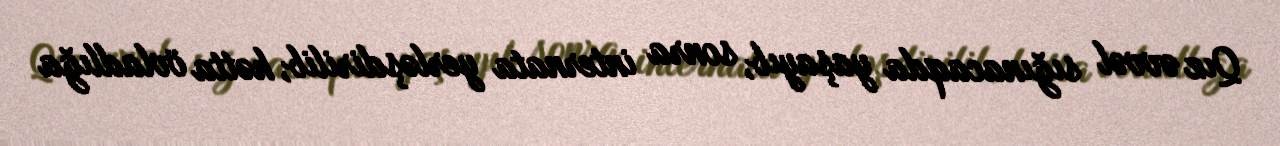
Qız əvvəl sığınacaqda yaşayıb, sonra internata yerləşdirilib, hətta övladlığa